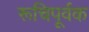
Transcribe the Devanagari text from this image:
रूचिपूर्वक